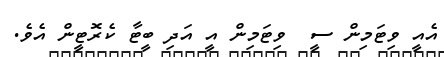
އެއީ ވިޓަމިން ސީ  ވިޓަމިން އީ އަދި ބީޓާ ކެރޮޓީން އެވެ.